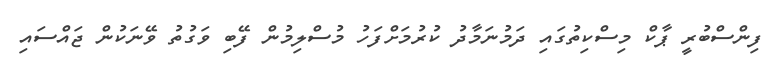
ފިންސްބުރީ ޕާކް މިސްކިތުގައި ދަމުނަމާދު ކުރުމަށްފަހު މުސްލިމުން ފޭބި ވަގުތު ވޭނަކުން ޖައްސައި